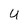
Character: U